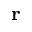
\textbf { r }